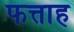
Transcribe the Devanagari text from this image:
फत्ताह